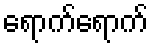
ရောက်ရောက်